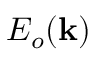
E _ { o } ( \mathbf { k } )